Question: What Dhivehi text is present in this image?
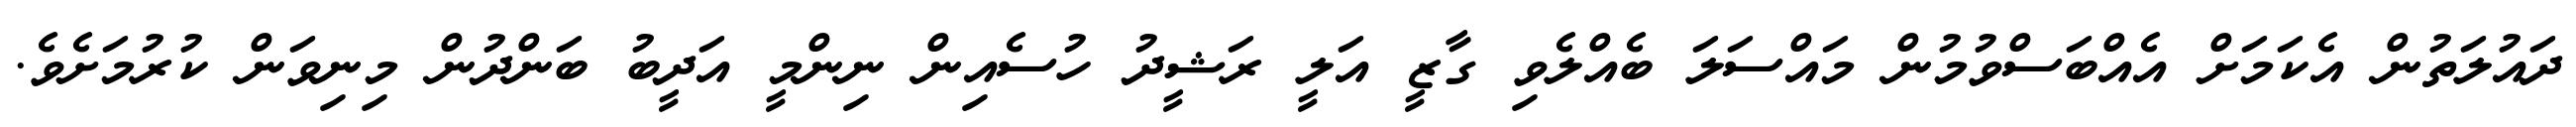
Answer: ދައުލަތުން އެކަމަށް އެއްބަސްވުމުން މައްސަލަ ބެއްލެވި ގާޒީ އަލީ ރަޝީދު ހުސެއިން ނިންމީ އަދީބު ބަންދުން މިނިވަން ކުރުމަށެވެ.